Scottish Certificate of Education, 1962
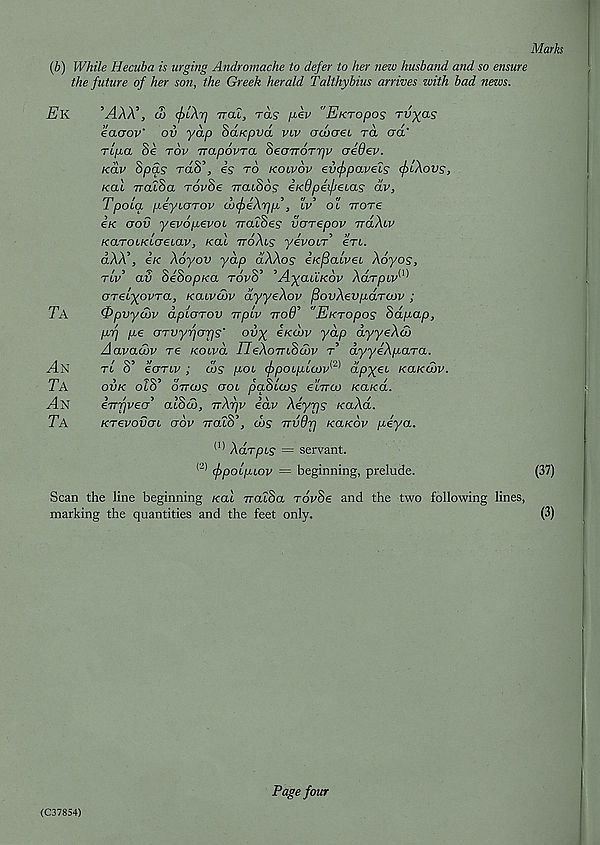
{b) While Hecuba is urging Andromache to defer to her new husband and so ensure
the future of her son, the Greek herald Talthybius arrives with bad news.
EK
MAA’, 00
TTCLL, TCLS
"EKTOpOS TV)(OS
eaaov' ov yap Sdwpvd vlv odooei rd ad'
rlpa Se rov irapovra deaTTOTrjv aedev.
Kav 8pds rdS’, is to kolvov evcftpaveis (J)lXovs,
kol TtatSa rovSe vacSds eKOpeipecas dv,
Tpoia p-iylotov docfyeXpii , lv > ol ttotg
ere aov yevopevoL valSes voTepov vaXiv
KaTOLKiaeiav, Kal ttoXls yevoiT’ ert.
dAA’, e/c Xoyov yap dXXos e/cj8atvet Adyos,
rtV’ av SeSopKa t6v8’ ’A^aciKov XaTpcv^^
crretyoyra, Kaevobv dyyeXov fdovXevpaTCov ;
Ta
0pvyd)v dpioTOV irpiv Trod'’ 'EicTopos Sdyap,
parj p.€ aTvyfjarjs' oi>x eKobv yap dyyeXdj
Aavacbv re Koivd IJeXoTnddbv t dyyiXpaTa.
^4n
tl S’ cotlv ; cos - pot (^poipioiv^ dpyet Kaxobv.
Ta
ovk olid ottoos aoL paSioos etVcu /ca/cd.
^4n
eirr/veo' alScb, TrXfjv idv Xiyps xaXd.
Ta
KTevovoi aov TratS’, chs Trvdp Kaxov peya.
(1) Adrpts - = servant.
(2) (jopoipiov = beginning, prelude.
Scan the line beginning /rat vratSa rdvSe and the two following lines,
marking the quantities and the feet only.
(C37854)
Page four